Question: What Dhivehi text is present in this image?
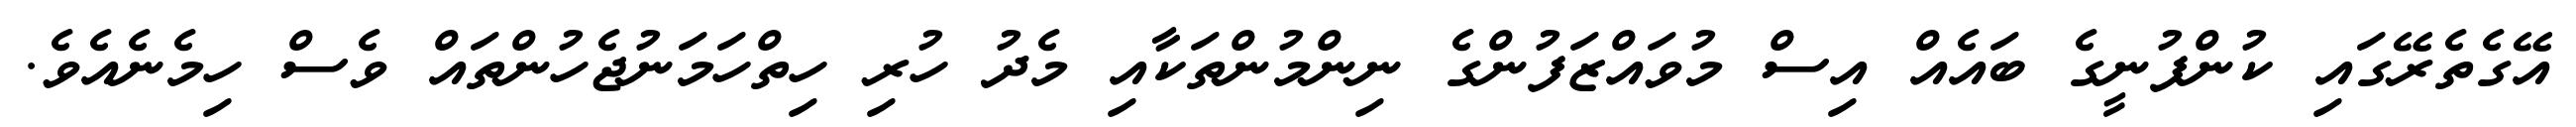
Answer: އޭގެތެރޭގައި ކުންފުނީގެ ބައެއް އިސް މުވައްޒަފުންގެ ނިންމުންތަކާއި މެދު ހުރި ހިތްހަމަނުޖެހުންތައް ވެސް ހިމެނެއެވެ.